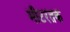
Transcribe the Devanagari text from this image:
मीटरतक